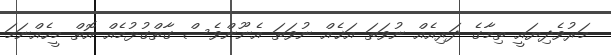
މަރުވެދިޔައީ ތިމާގެ ދަރިއެއް ނުވަތަ އަޚެއް ނުވަތަ އެނޫންވެސް ގާތްގުޅުމެއް އޮތް މީހެއްނަމަ